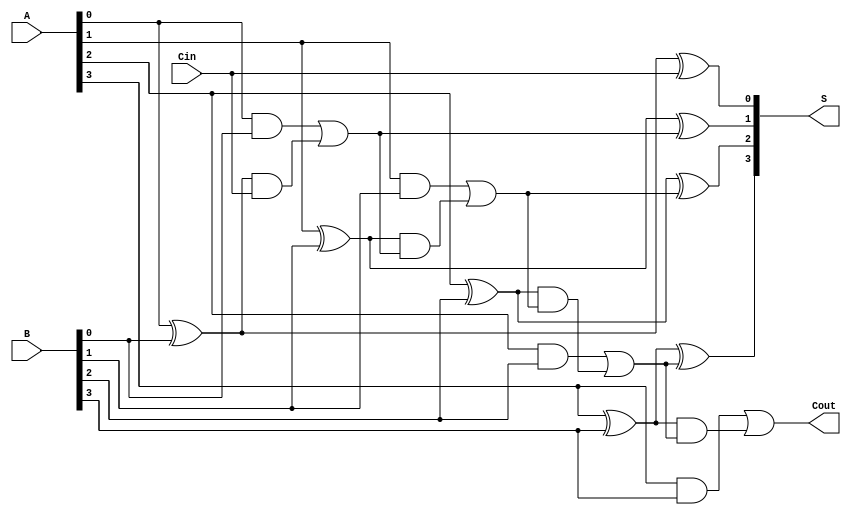
module sklansky_adder #(parameter n = 4) (
    input  [n-1:0] A,        // n-bit input A
    input  [n-1:0] B,        // n-bit input B
    input         Cin,       // carry-in
    output [n-1:0] S,        // n-bit sum output
    output        Cout       // carry-out
);

    // Intermediate signals
    wire [n-1:0] G;          // Generate signals
    wire [n-1:0] P;          // Propagate signals
    wire [n:0] C;            // Carry signals (C[0] = Cin)

    // Generate and propagate calculations
    genvar i;
    generate
        for (i = 0; i < n; i = i + 1) begin: g_p_calc
            assign G[i] = A[i] & B[i];             // Generate
            assign P[i] = A[i] ^ B[i];             // Propagate
        end
    endgenerate

    // Carry signals calculation
    assign C[0] = Cin;   // C[0] is the carry-in

    // Level 1 Carry computation
    generate
        for (i = 0; i < n; i = i + 1) begin: c_calc_level1
            if (i == 0) begin
                assign C[i + 1] = G[0] | (P[0] & C[0]); // C1
            end else begin
                assign C[i + 1] = G[i] | (P[i] & C[i]); // C2, C3, ..., Cn
            end
        end
    endgenerate

    // Continue with Level 2 and higher levels if n > 4
    wire [n:n+1] C_level; // Intermediate carry signals for higher levels

    generate
        for (i = 0; i < n-1; i = i + 1) begin: c_calc_level2
            if (i == 0) begin
                assign C_level[i] = C[i+1]; // Carry for second level
            end else begin
                assign C_level[i] = G[i] | (P[i] & C_level[i-1]); // Continue tree application
            end
        end
    endgenerate

    assign Cout = C[n]; // Final carry-out

    // Sum calculations
    generate
        for (i = 0; i < n; i = i + 1) begin: sum_calc
            assign S[i] = P[i] ^ C[i]; // Sum output
        end
    endgenerate

endmodule